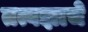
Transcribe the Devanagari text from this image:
तत्वज्ञाचे